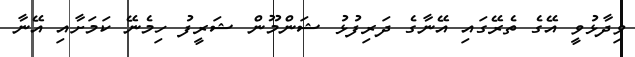
ވިދާޅުވީ އޭގެ ތެރޭގައި އޭނާގެ ދަރިފުޅު ޝަންމޫން ޝަރީފު ހިމެނޭ ކަމަށާއި އޭނާ